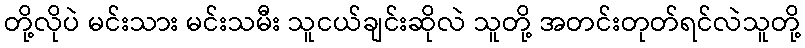
တို့လိုပဲ မင်းသား မင်းသမီး သူငယ်ချင်းဆိုလဲ သူတို့ အတင်းတုတ်ရင်လဲသူတို့